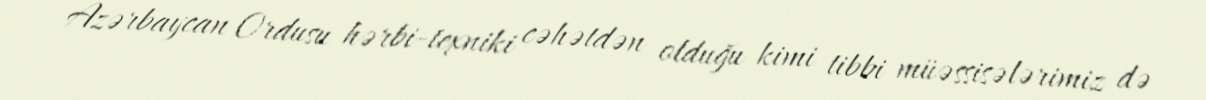
Azərbaycan Ordusu hərbi-texniki cəhətdən olduğu kimi tibbi müəssisələrimiz də